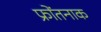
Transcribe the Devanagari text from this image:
फ्रोंतनाक